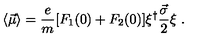
\langle \vec { \mu } \rangle = \frac { e } { m } [ F _ { 1 } ( 0 ) + F _ { 2 } ( 0 ) ] { \xi } ^ { \dagger } \frac { \vec { \sigma } } { 2 } \xi \ .